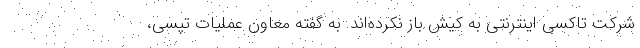
شرکت تاکسی اینترنتی به کیش باز نکرده‌اند. به گفته معاون عملیات تپسی،